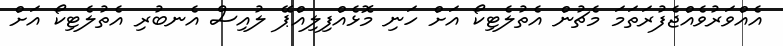
އެއްވަރުވެއްޖެފުރަތަމަ މެޗުން އެތުލެޓިކޯ އަށް ހަނި މޮޅެއްފިލިއްޕޭ ލުއިސް އެނބުރި އެތުލެޓިކޯ އަށް